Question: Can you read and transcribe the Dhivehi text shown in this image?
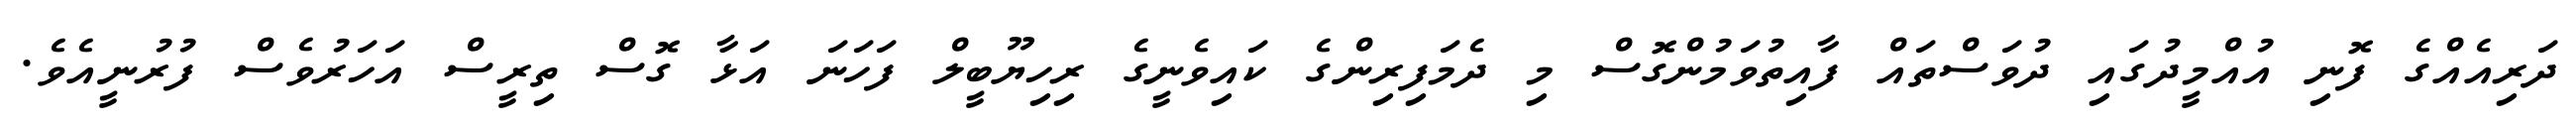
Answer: ދަރިއެއްގެ ފޮނި އުއްމީދުގައި ދުވަސްތައް ފާއިތުވަމުންގޮސް މި ދެމަފިރިންގެ ކައިވެނީގެ ރިހިޔޫބީލް ފަހަނަ އަޅާ ގޮސް ތިރީސް އަހަރުވެސް ފުރުނީއެވެ.